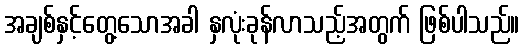
အချစ်နှင့်တွေ့သောအခါ နှလုံးခုန်လာသည့်အတွက် ဖြစ်ပါသည်။